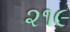
૨૧૯